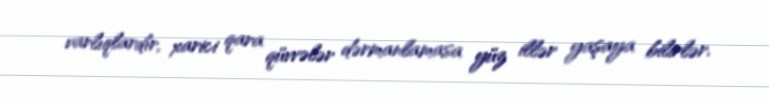
varlıqlardır, xarici qara qüvvələr dərmanlamasa yüz illər yaşaya bilirlər.